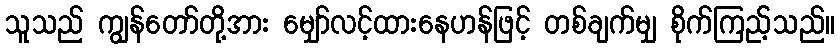
သူသည် ကျွန်တော်တို့အား မျှော်လင့်ထားနေဟန်ဖြင့် တစ်ချက်မျှ စိုက်ကြည့်သည်။